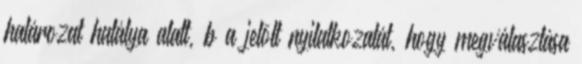
határozat hatálya alatt, b a jelölt nyilatkozatát, hogy megválasztása